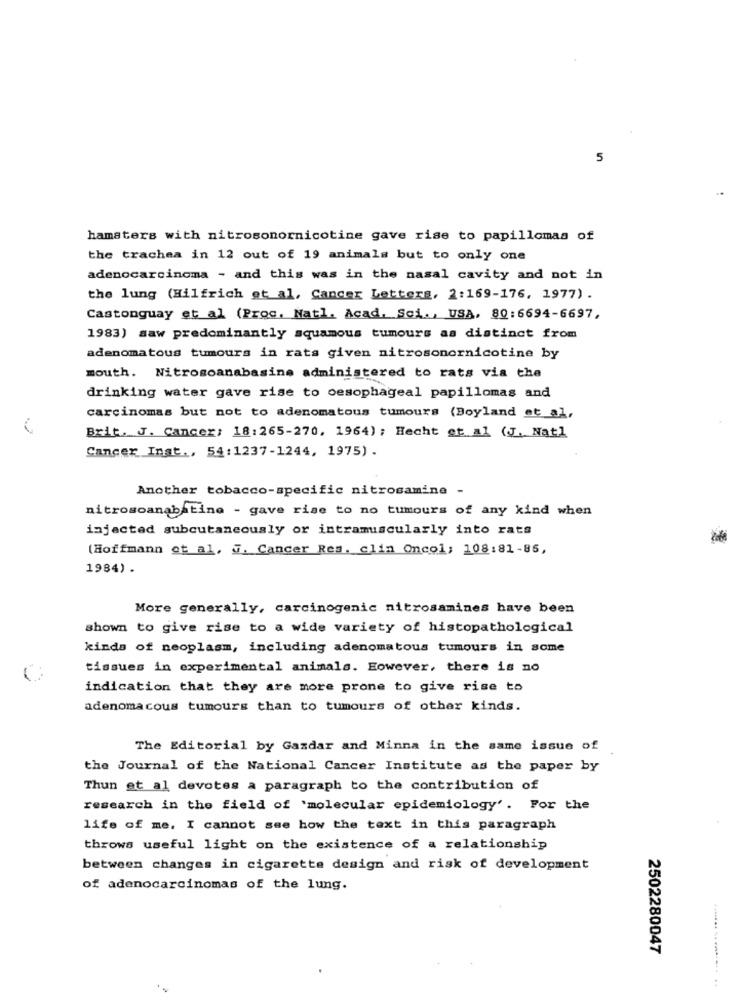
5
hamsters with nitrosonornicotine gave rise to papillomas of
the trachea in 12 out of 19 animals but to only one
adenocarcinoma - and this was in the nasal cavity and not in
the lung (Hilfrich et al, Cancer Letters, 2:169-176, 1977) .
Castonguay et al (Proc. Natl, Acad. Sci ., USA, 80:6694-6697,
1983) saw predominantly squamous tumours as distinct from
adenomatous tumours in rats given nitrosonornicotine by
mouth. Nitrosoanabasine administered to rats via the
drinking water gave rise to oesophageal papillomas and
carcinomas but not to adenomatous tumours (Boyland et al,
Brit. J. Cancer: 18:265-270, 1964) ; Hecht et al (J. Nat)
Cancer Inst ., 54:1237-1244, 1975).
Another tobacco-specific nitrosamine -
nitrosoanabatine - gave rise to no tumours of any kind when
injected subcutaneously or intramuscularly into rats
(Hoffmann et al. G. Cancer Res. clin Oncol; 108:81-85,
1984) .
More generally, carcinogenic nitrosamines have been
shown to give rise to a wide variety of histopathological
kinds of neoplasm, including adenomatous tumours in some
tissues in experimental animals. However, there is no
indication that they are more prone to give rise to
adenomacous tumours than to tumours of other kinds.
The Editorial by Gazdar and Minna in the same issue of
the Journal of the National Cancer Institute as the paper by
Thun et al devotes a paragraph to the contribution of
research in the field of 'molecular epidemiology'. For the
life of me, I cannot see how the text in this paragraph
throws useful light on the existence of a relationship
between changes in cigarette design and risk of development
of adenocarcinomas of the lung.
2502280047